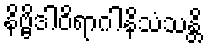
နိဗ္ဗိဒါဝိရာဂါနိသံသန္တိ